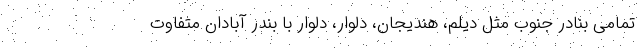
تمامی بنادر جنوب مثل دیلم، هندیجان، دلوار، دلوار با بندر آبادان متفاوت